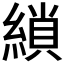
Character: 𮈲